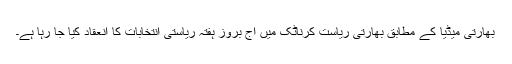
بھارتی میڈیا کے مطابق بھارتی ریاست کرناٹک میں آج بروز ہفتہ ریاستی انتخابات کا انعقاد کیا جا رہا ہے۔